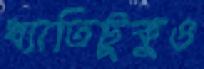
খ্যাতিটুকুও